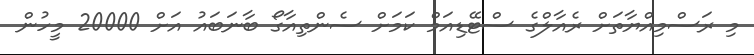
މި ރަސްމިއްޔާތަށް ރެއާލްގެ ސްޓޭޑިއަމް ކަމަށް ސެންތިއާގޯ ބާނަބައު އަށް 20000 މީހުން